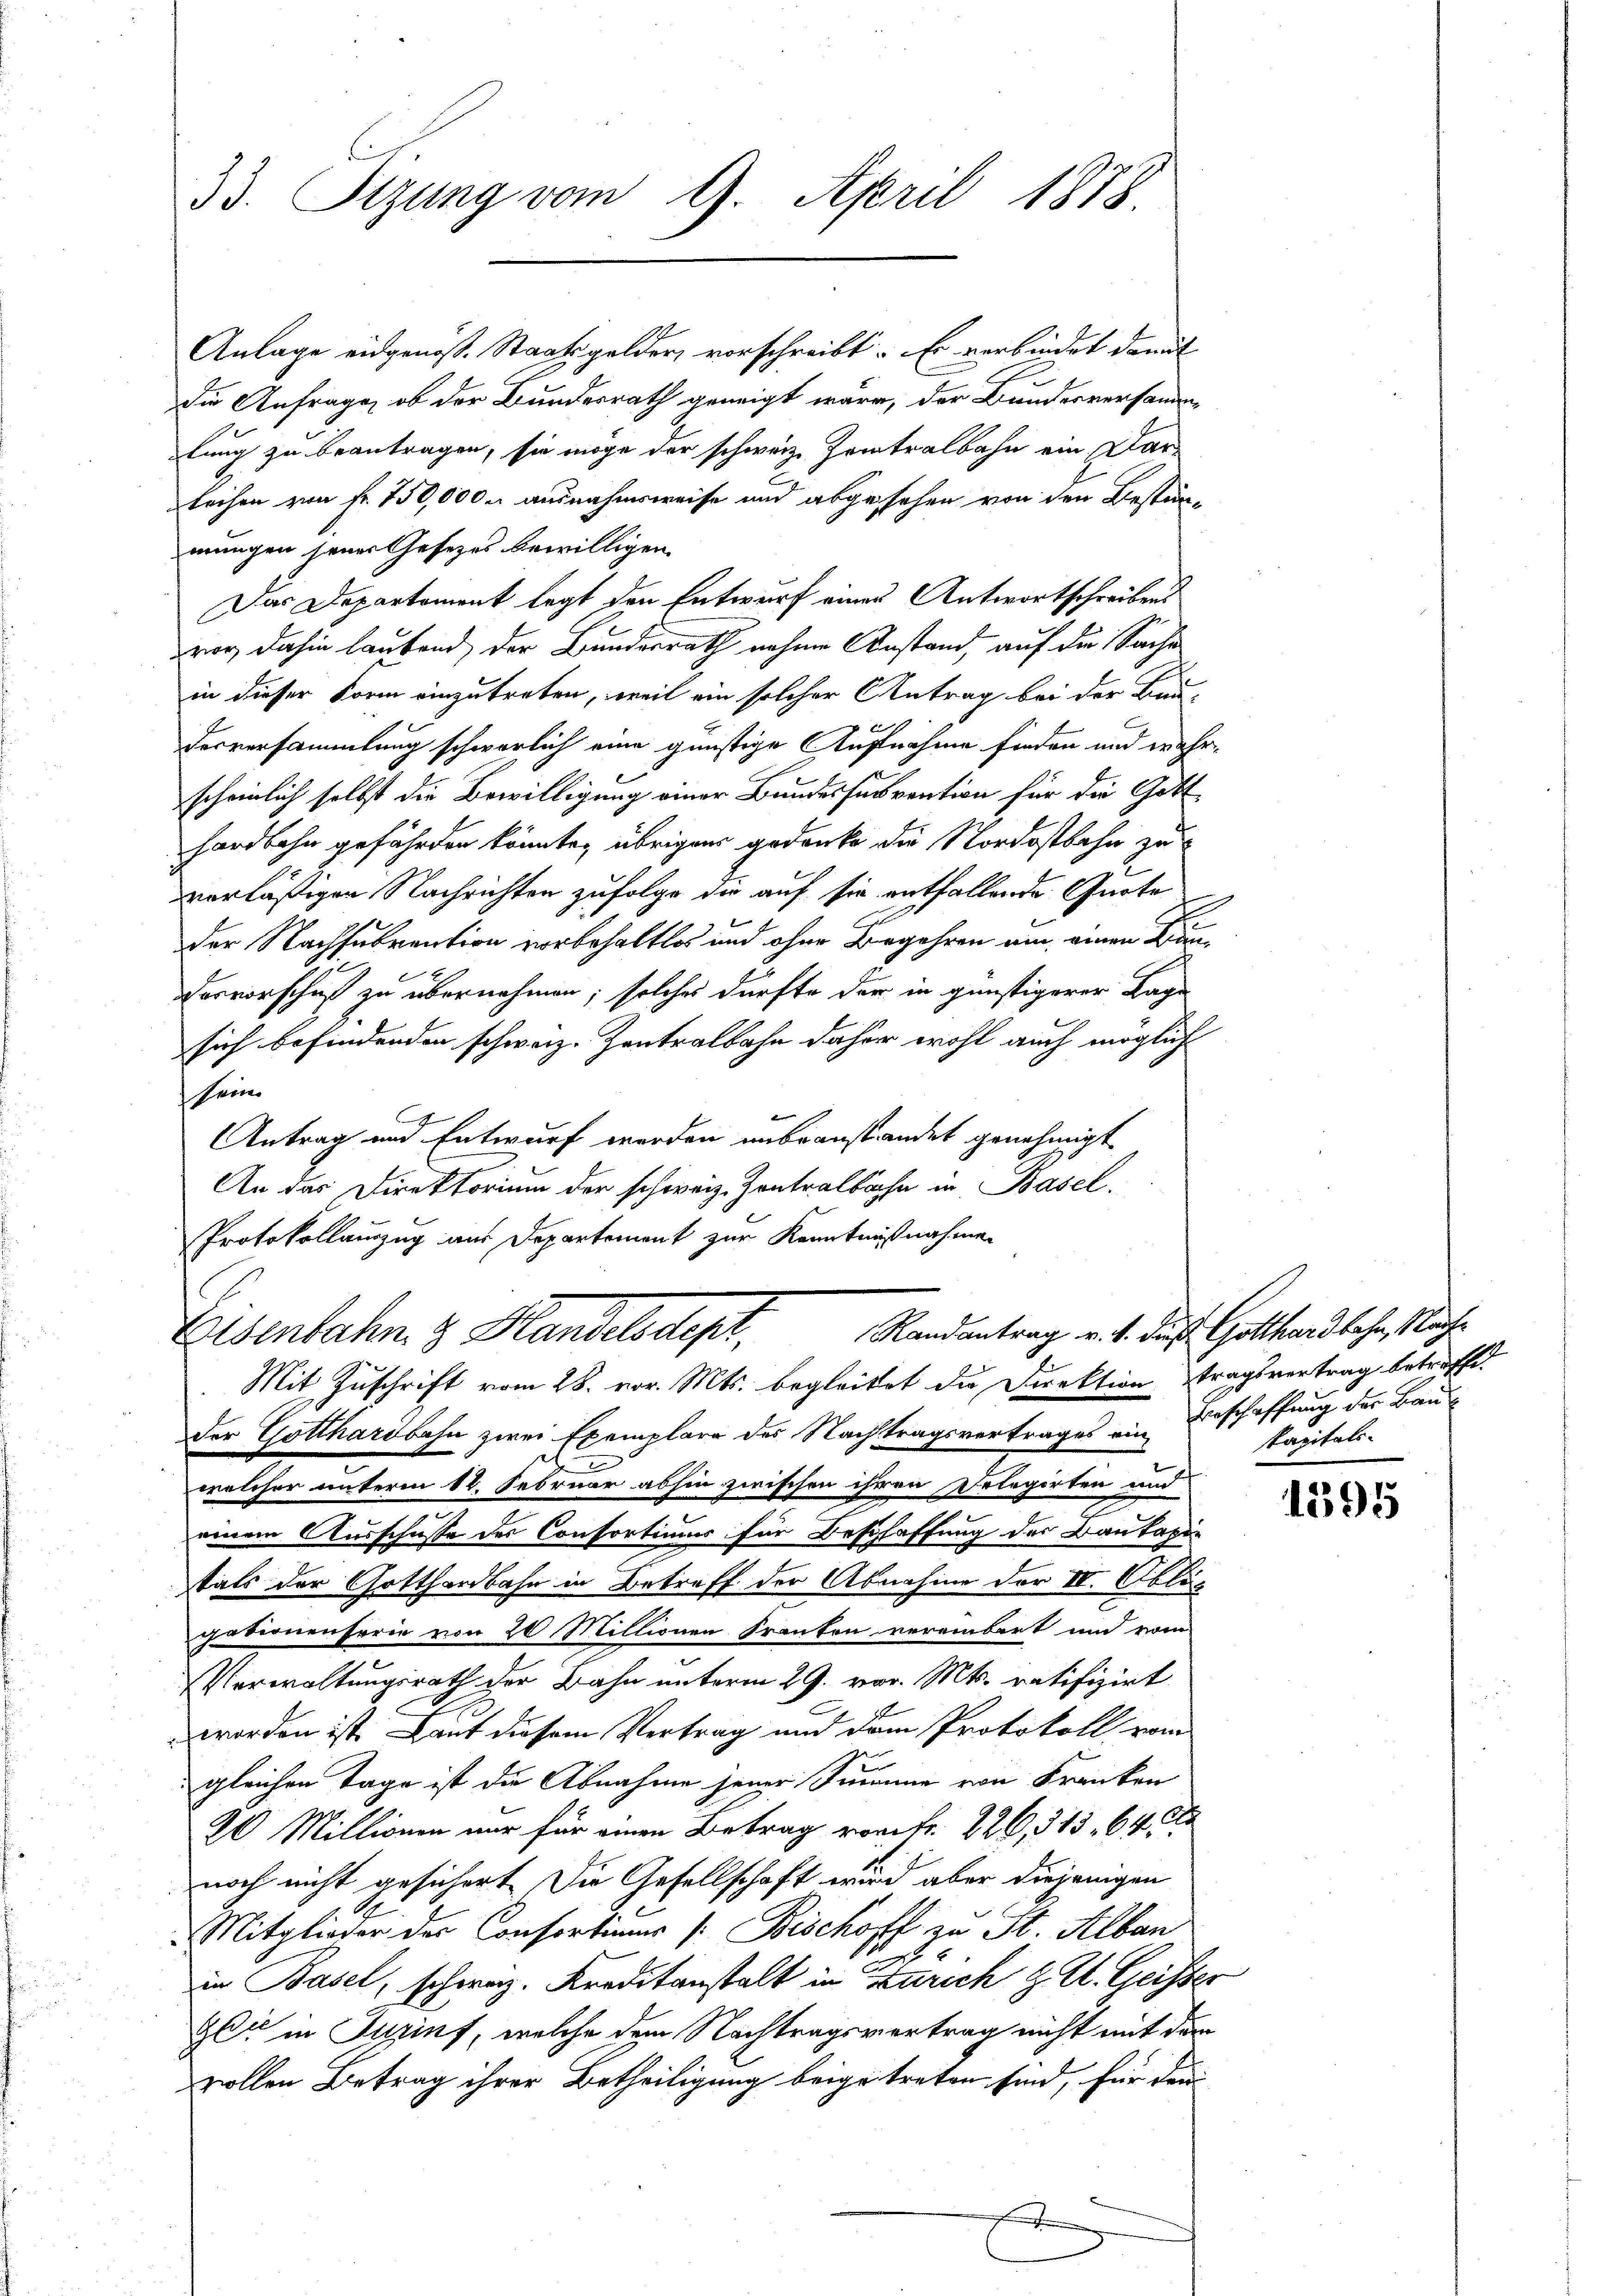
33. Sizung vom 9. April 1878.

Anlage eidgenöß. Staatsgelder, vorschreibt. Er verbindet damit
die Anfrage, ob der Bundesrath geneigt wäre, der Bundesversammenlung zu beantragen, sie möge der schweiz. Zentralbahn ein Darleihen von fr. 750,000. ausnahmsweise und abgesehen von den Bestän-
mungen jener Gesetzes bewilligen.
Das Departement legt den Entwurf eines Antwortschreibens
vor, dahin lautend der Bundesrath nahme Anstand, auf die Sache
in dieser Form einzutreten, weil ein solcher Antrag bei der Bau-
derversammlung schwerlich eine günstige Aufnahme finden und wahr
scheinlich selbst die Bewilligung einer Bundessurvention für die Gott
hardbahn gefährden könnte, übrigen gedanke die Nordostbahn zu
verläßigen Nachrichten zufolge die auf sie entfallende Quote
e
der Nachsubvention vorbehaltlos und ohne Begehren am einen Bun¬
Desvorschuß zu übernehmen; solches dürfte der in günstigerer Lage
sich befindenden schweiz. Zentralbahn daher wohl auch möglich
sein
Antrag und Entwurf werden unbeanstandet genehmigt
An das Direktorium der schweiz. Kontralbahn in Basel,
Protokollauszug aus Departement zur Kenntnißnahmen
Randantrag v. 1. daß Gotthardbahn, Nach¬
Eisenbahn & Handelsdept,
Mit Zuschrift vom 28. vor. Mts. begleitet die Direktion tragsvertrag betreffe.
der Gotthardbahn zwei Exemplare der Nachtragsvertrages ein Beschaffung der Bau¬
2
welcher unterm 12. Februar abhin zwischen ihren Delegirten und
einem Ausschusse des Consortium für Beschaffung der Baukapitats der Gotthardbahn in Betreff der Abnahme der IV. Oblig
gationenserie von 20 Millionen Trauten vereinbart und vom
Verwaltungsrath der Bahn unterm 29. vor. Mts. ratifizirt
worden ist. Laut diesem Vertrag und dem Protokoll vom
gleichen Tage ist die Abnahme jener Simme von Franken
2 Millionen nur für einen Betrag von fr. 226, 313. 64
noch nicht gesichert. Die Gesellschaft wird aber diejenigen
Mitglieder der Consortions Bischoff zu St. Alban
2
in Basel, schwaz. Kreditanstalt in Zürich z. St. Geisse
Gli in Turinf, welche dem Nachtragsvertrag nicht mit dem
vollen Betrag ihrer Betheiligung beigetreten sind, für dami
.

Kapitals

¬

1395